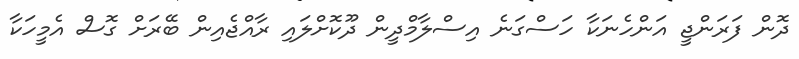
ދޮން ފަރަންޖީ އަންހެނަކާ ހަސްގަނެ އިސްލާމްދީން ދޫކޮށްލައި ރާއްޖެއިން ބޭރަށް ގޮސް އެމީހަކާ